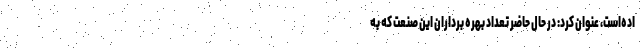
اده‌است، عنوان کرد: در حال حاضر تعداد بهره برداران این صنعت که به